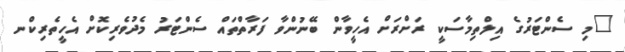
"މި ސެންޓަރުގެ އިލްތިމާސަކީ ރަށްރަށް އެހީވާން ބޭނުންވާ ފަރާތްތައް ސެންޓަރު މެދުވެރިކޮށް އެހީތެރިކްނ